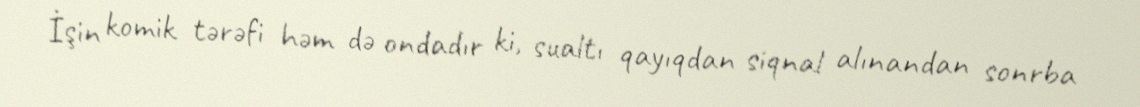
İşin komik tərəfi həm də ondadır ki, sualtı qayıqdan siqnal alınandan sonrba